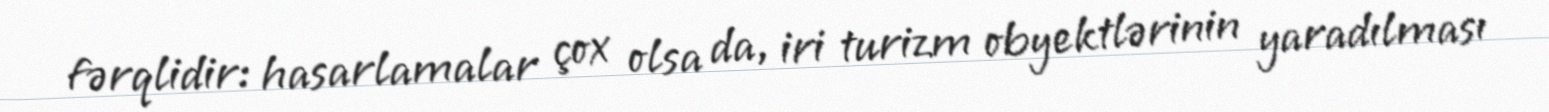
fərqlidir: hasarlamalar çox olsa da, iri turizm obyektlərinin yaradılması